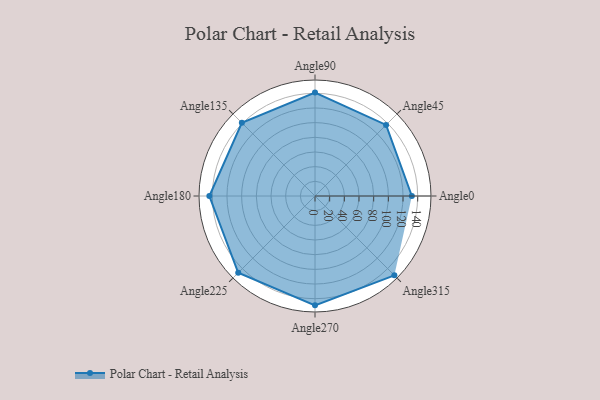
{"axis": {"x": "Angle", "y": "Radius"}, "legend": [""], "data": [{"x": "Angle0", "y": 132.0, "type": ""}, {"x": "Angle45", "y": 137.0, "type": ""}, {"x": "Angle90", "y": 141.0, "type": ""}, {"x": "Angle135", "y": 141.0, "type": ""}, {"x": "Angle180", "y": 144.0, "type": ""}, {"x": "Angle225", "y": 148.0, "type": ""}, {"x": "Angle270", "y": 149.0, "type": ""}, {"x": "Angle315", "y": 153.0, "type": ""}]}